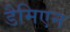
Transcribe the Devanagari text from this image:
डैमिएन